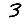
Digit: 3